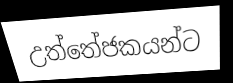
උත්තේජකයන්ට